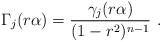
LaTeX: \begin{align*} \Gamma_j(r\alpha)=\frac{\gamma_j(r\alpha)}{(1-r^2)^{n-1}}\ .\end{align*}